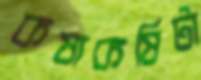
কষাকষিটা